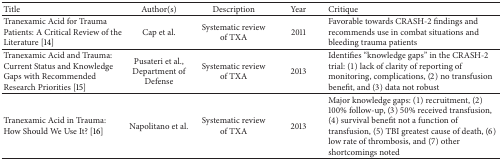
| Title | Author(s) | Description | Year | Critique |
 | --- | --- | --- | --- | --- |
 | Tranexamic Acid for Trauma Patients: A Critical Review of the Literature [14] | Cap et al. | Systematic review of TXA | 2011 | Favorable towards CRASH-2 findings and recommends use in combat situations and bleeding trauma patients |
 | Tranexamic Acid and Trauma: Current Status and Knowledge Gaps with Recommended Research Priorities [15] | Pusateri et al., Department of Defense | Systematic review of TXA | 2013 | Identifies “knowledge gaps” in the CRASH-2 trial: (1) lack of clarity of reporting of monitoring, complications, (2) no transfusion benefit, and (3) data not robust |
 | Tranexamic Acid in Trauma: How Should We Use It? [16] | Napolitano et al. | Systematic review of TXA | 2013 | Major knowledge gaps: (1) recruitment, (2) 100% follow-up, (3) 50% received transfusion, (4) survival benefit not a function of transfusion, (5) TBI greatest cause of death, (6) low rate of thrombosis, and (7) other shortcomings noted |